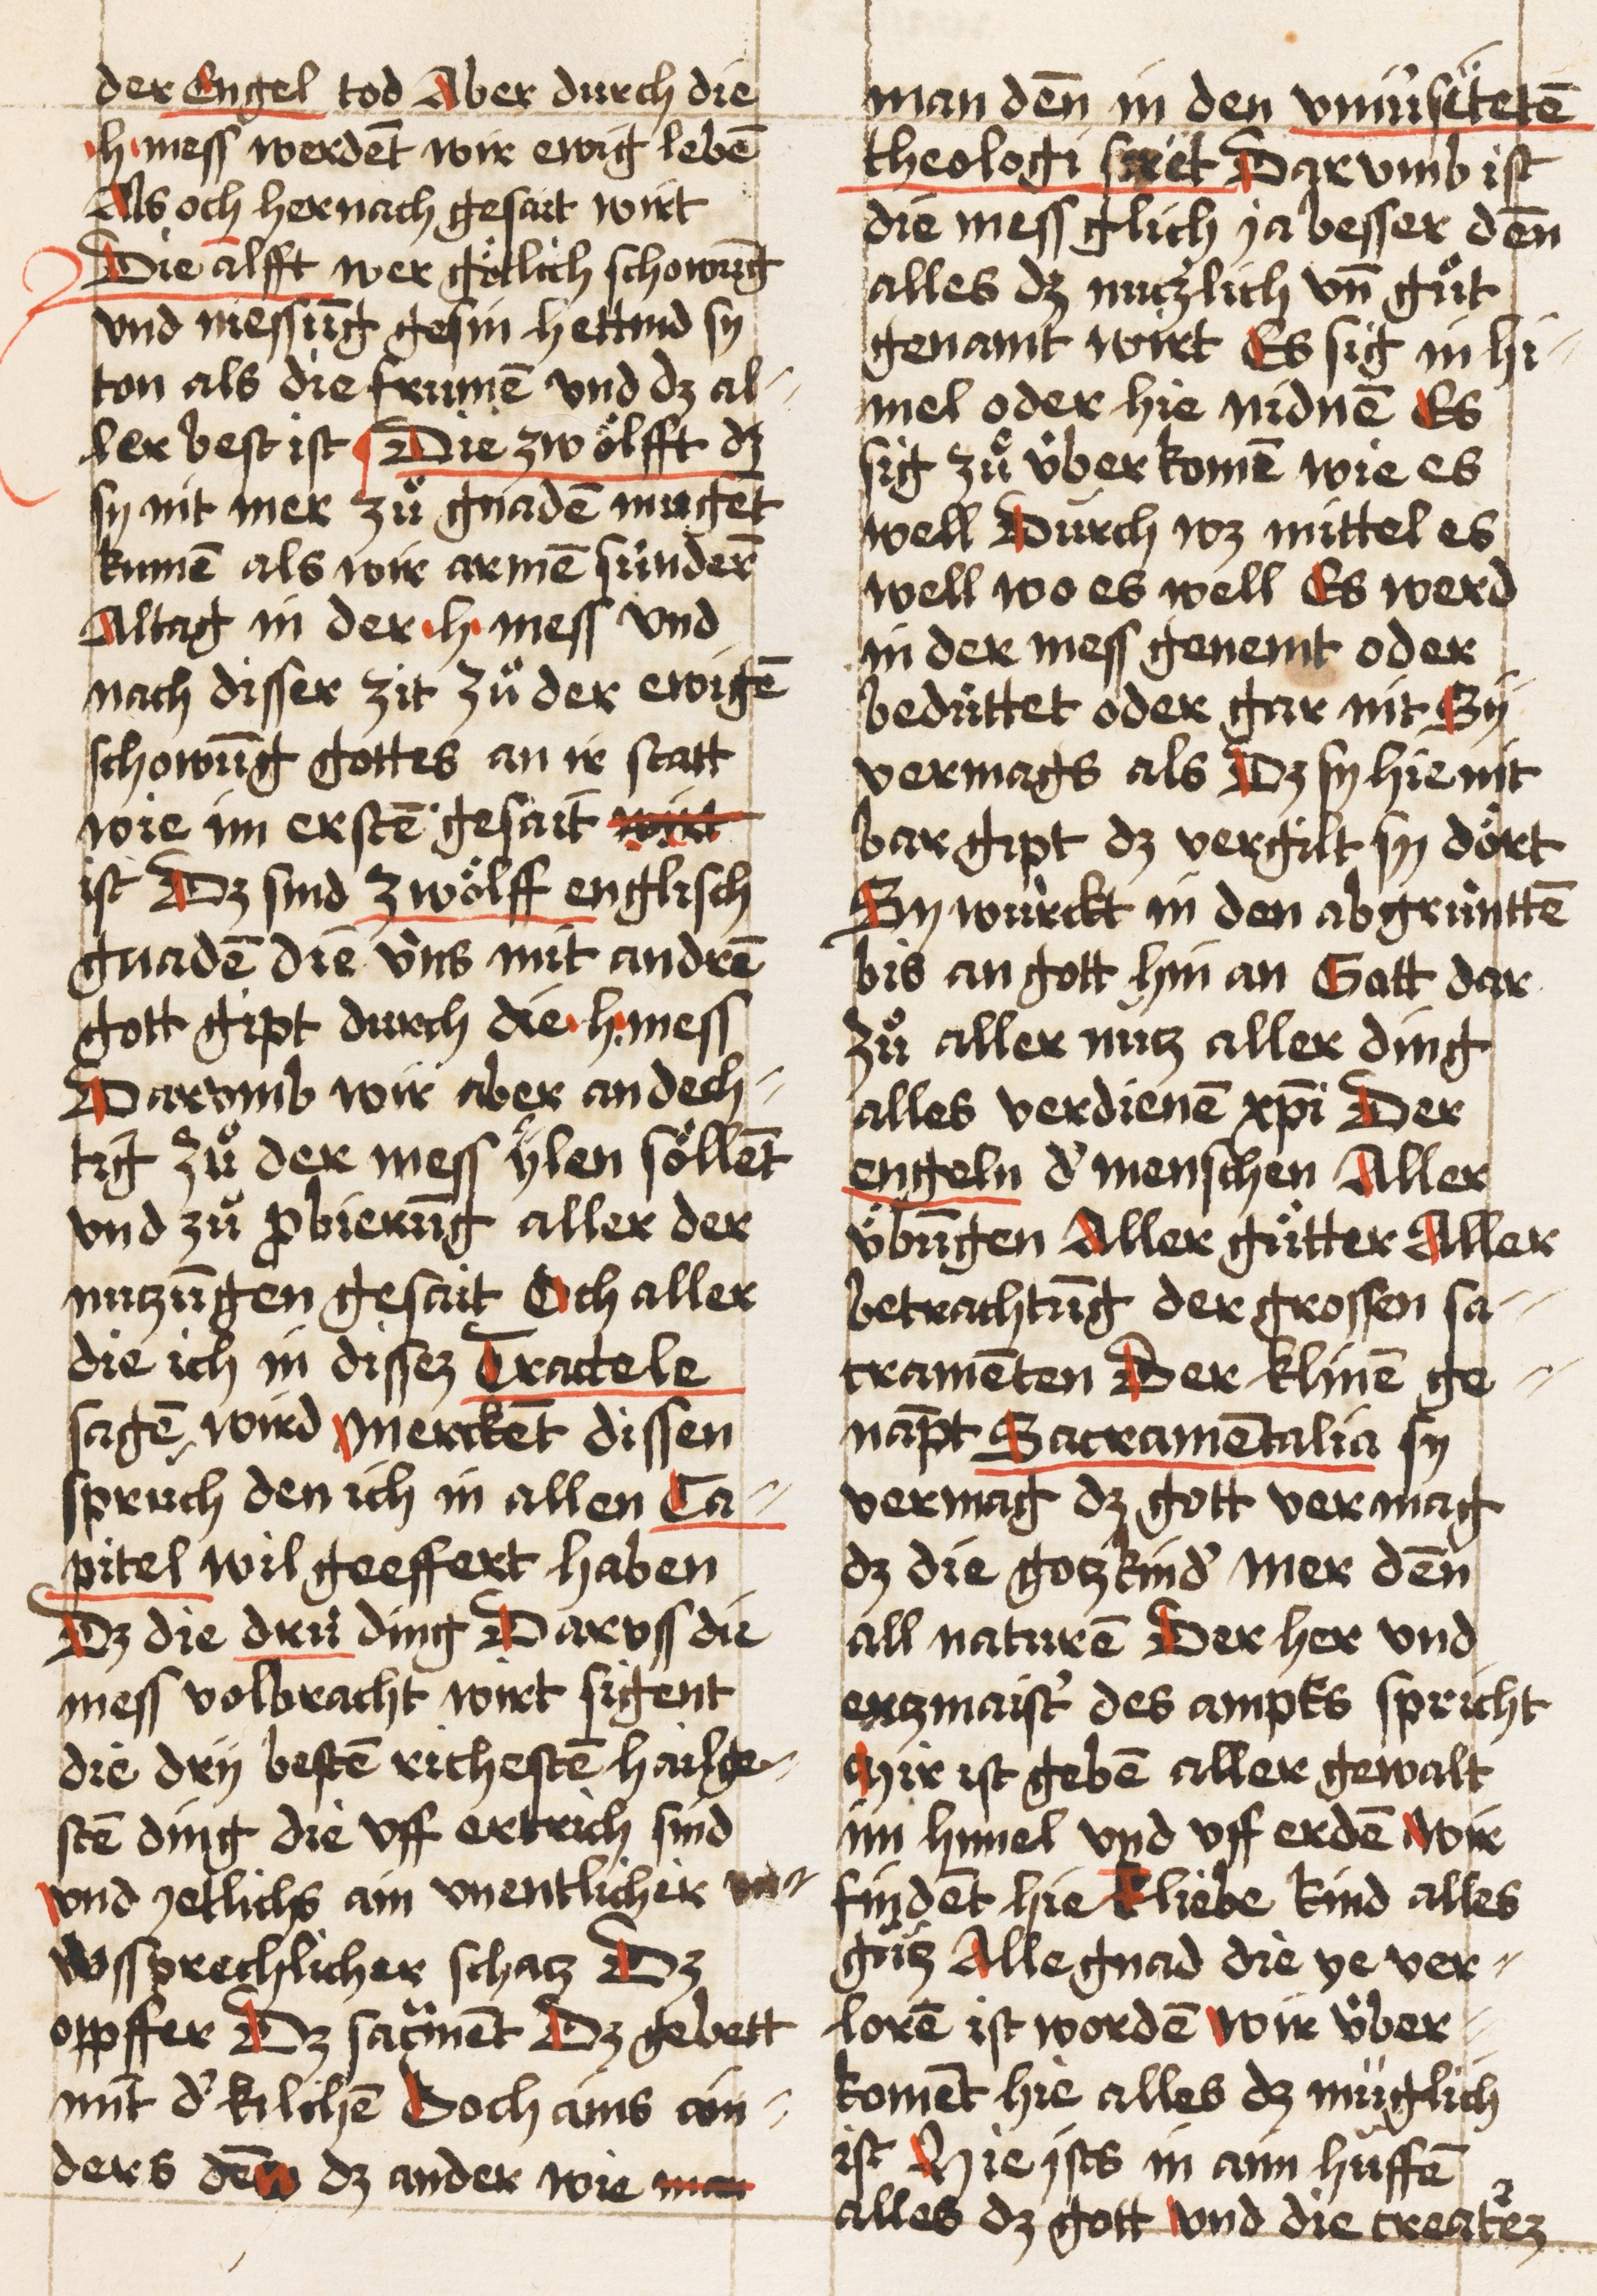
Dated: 1521–1522